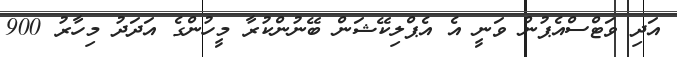
އަދި ވަޓްސްއެޕުން ވަނީ އެ އެޕްލިކޭޝަން ބޭނުންކުރާ މީހުންގެ އަދަދު މިހާރު 900